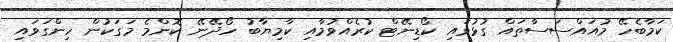
ކަމާބެހޭ މުއައްސަސާތައް ގުޅުވައި ކޯޑިނޭޓް ކުރެއްވުމާއި ކާމިޔާބު ހޯދޭނޭ ކޮންމެ މަގަކުން ހިންގަވައި